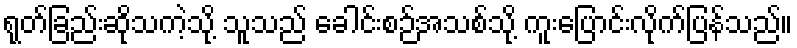
ရုတ်ခြည်းဆိုသကဲ့သို့ သူသည် ခေါင်းစဉ်အသစ်သို့ ကူးပြောင်းလိုက်ပြန်သည်။